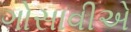
ગોસાવીએ